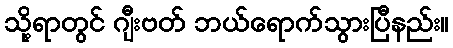
သို့ရာတွင် ဂျီးဗတ် ဘယ်ရောက်သွားပြီနည်း။